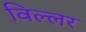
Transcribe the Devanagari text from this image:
विल्लर